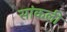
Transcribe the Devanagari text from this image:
सांकली